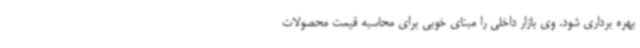
بهره برداری شود. وی بازار داخلی را مبنای خوبی برای محاسبه قیمت محصولات